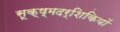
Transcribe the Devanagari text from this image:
सूक्ष्मदर्शिकियों